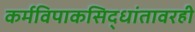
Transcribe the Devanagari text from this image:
कर्मविपाकसिद्धांतावरही